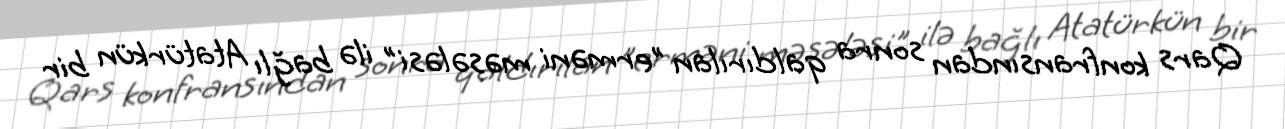
Qars konfransından sonra qaldırılan "erməni məsələsi" ilə bağlı Atatürkün bir